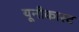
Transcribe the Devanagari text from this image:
यूनीकास्ट